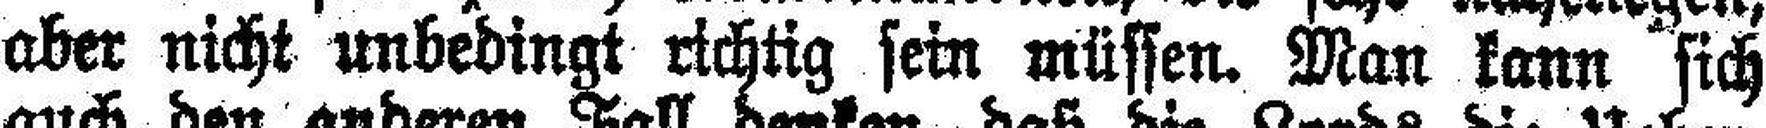
aber nicht unbedingt richtig sein müssen. Man kann sich